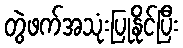
တွဲဖက်အသုံးပြုနိုင်ပြီး